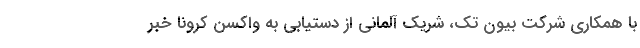
با همکاری شرکت بیون تک، شریک آلمانی از دستیابی به واکسن کرونا خبر